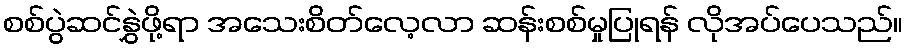
စစ်ပွဲဆင်နွှဲဖို့ရာ အသေးစိတ်လေ့လာ ဆန်းစစ်မှုပြုရန် လိုအပ်ပေသည်။